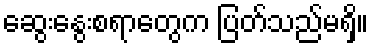
ဆွေးနွေးစရာတွေက ပြတ်သည်မရှိ။